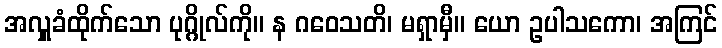
အလှူခံထိုက်သော ပုဂ္ဂိုလ်ကို။ န ဂဝေသတိ၊ မရှာမှီ။ ယော ဥပါသကော၊ အကြင်